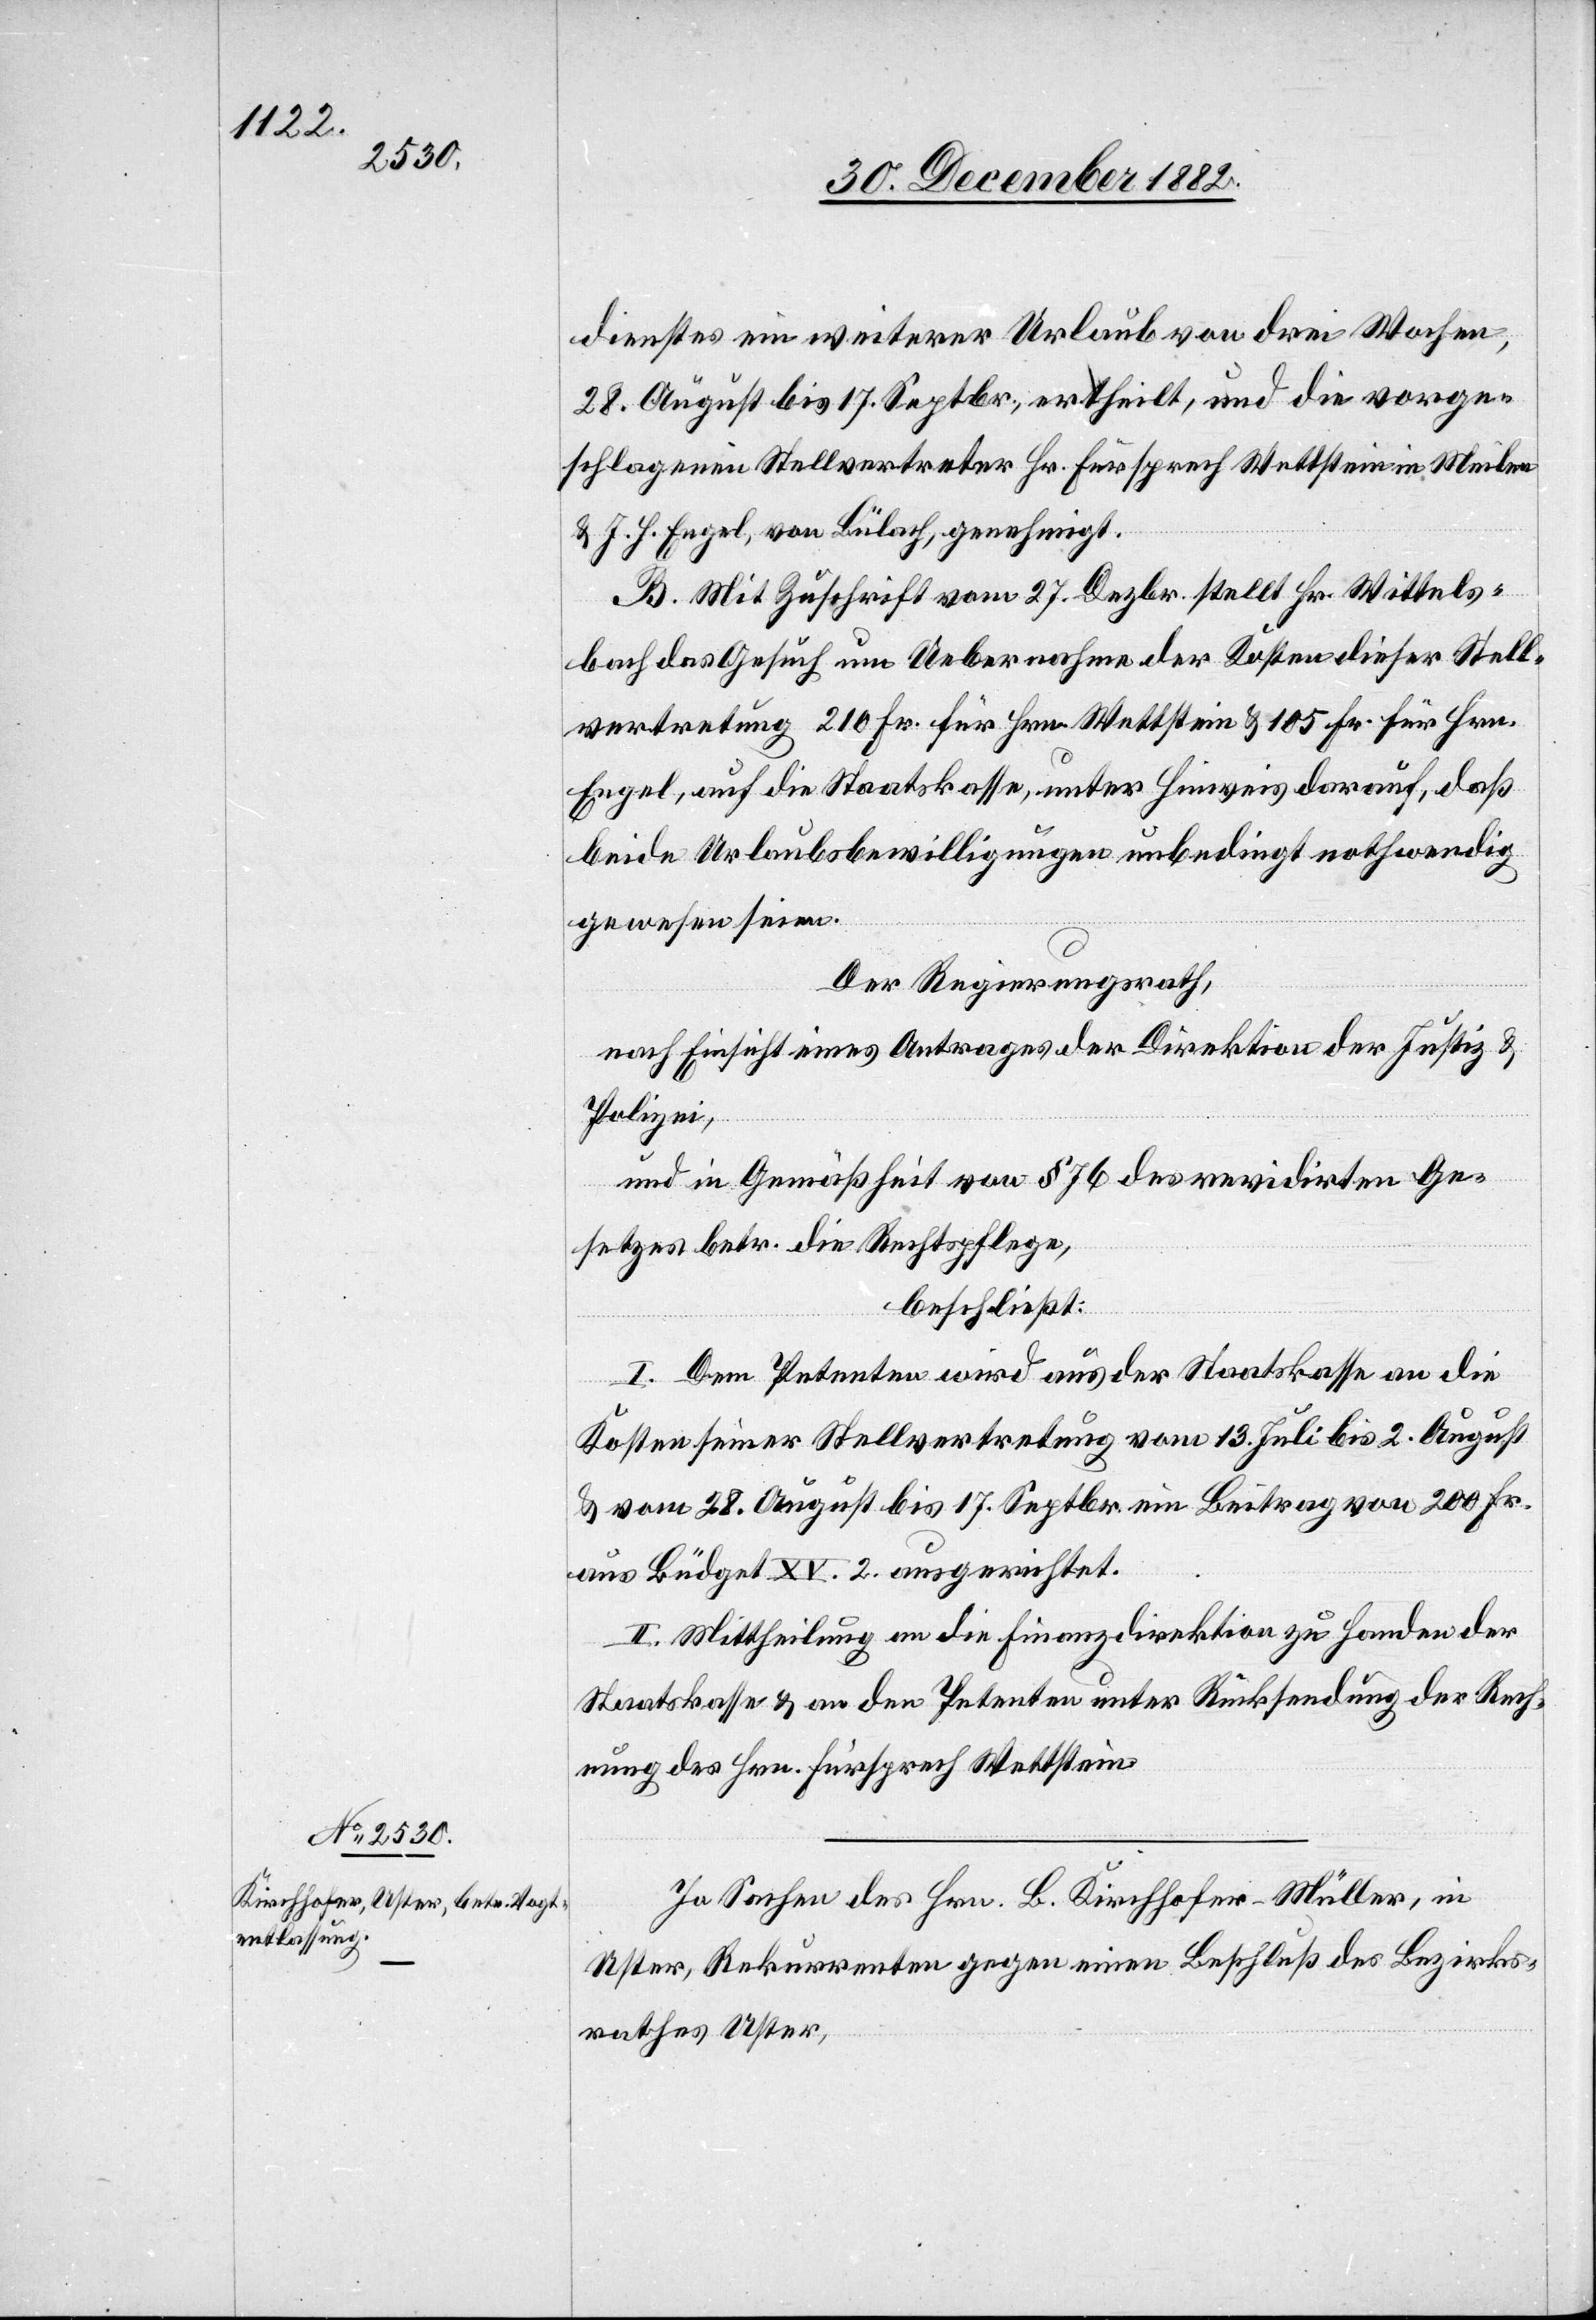
dienstes ein weiterer Urlaub von drei Wochen,
28. August bis 17. Septbr., ertheilt, und die vorge¬
schlagenen Stellvertreter Hr. Fürsprech Wettstein in Meilen
& J. H. Engel, von Bülach, genehmigt.
B. Mit Zuschrift vom 27. Dezbr. stellt Hr. Wittels¬
bach das Gesuch um Uebernahme der Kosten dieser Stell¬
vertretung 210 Fr. für Hrn. Wettstein & 105 Fr. für Hrn.
Engel, auf die Staatskasse, unter Hinweis darauf, daß
beide Urlaubsbewilligungen unbedingt nothwendig
gewesen seinen.
Der Regierungsrath,
nach Einsicht eines Antrages der Direktion der Justiz &
Polizei,
und in Gemäßheit von § 76 des revidirten Ge¬
setzes betr. die Rechtspflege,
beschließt:
I. Dem Petenten wird aus der Staatskasse an die
Kosten seiner Stellvertretung vom 13. Juli bis 2. August
& vom 28. August bis 17. Septbr. ein Beitrag von 200 Fr.
aus Büdget XV. 2 ausgerichtet.
II. Mittheilung an die Finanzdirektion zu Handen der
Staatskasse & an den Petenten unter Rücksendung der Rech¬
nung des Hrn. Fürsprech Wettstein.
In Sachen des Hrn. B. Kirchhofer-Müller, in
Uster, Rekurrenten gegen einen Beschluß des Bezirks¬
rathes Uster,